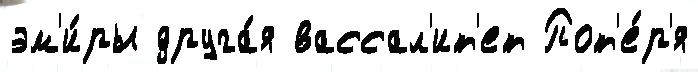
эм'и́ры друга́я вассал'ит'ет Пот'е́р'я